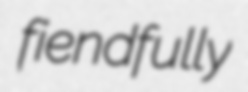
fiendfully